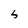
Character: 5